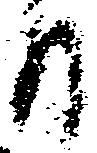
日